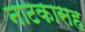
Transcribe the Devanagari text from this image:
नाटकासह